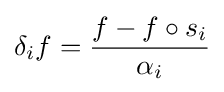
\delta _{i}f={f-f\circ s_{i} \over \alpha _{i}}